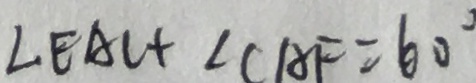
\angle E A C + \angle C A F = 6 0 ^ { \circ }